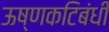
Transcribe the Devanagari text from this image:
ऊष्णकटिबंधी